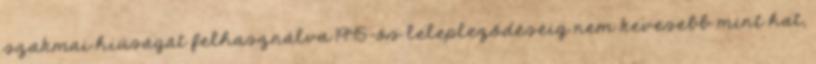
szakmai hiúságát felhasználva 1945-ös lelepleződéséig nem kevesebb mint hat,